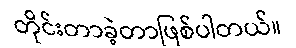
တိုင်းတာခဲ့တာဖြစ်ပါတယ်။